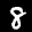
Label: 8